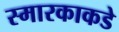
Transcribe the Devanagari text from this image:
स्मारकाकडे